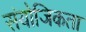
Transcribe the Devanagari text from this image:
संयोजिकता